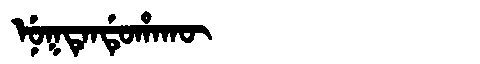
Manchu: ᠨᡠᡴᡨᡝᠨᡩᡠᡥᠠᡴᡡ
Romanization: NUKTENDUHAKŪ